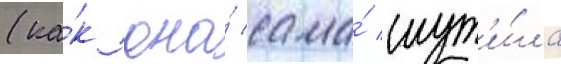
(ка́к она́ сама́ шут'и́ла